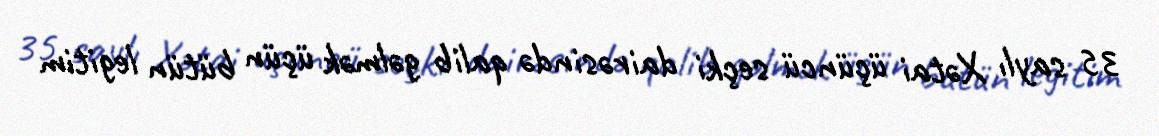
35 saylı Xətai üçüncü seçki dairəsində qalib gəlmək üçün bütün legitim